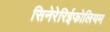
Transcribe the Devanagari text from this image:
सिनेरेरिईफोलियम